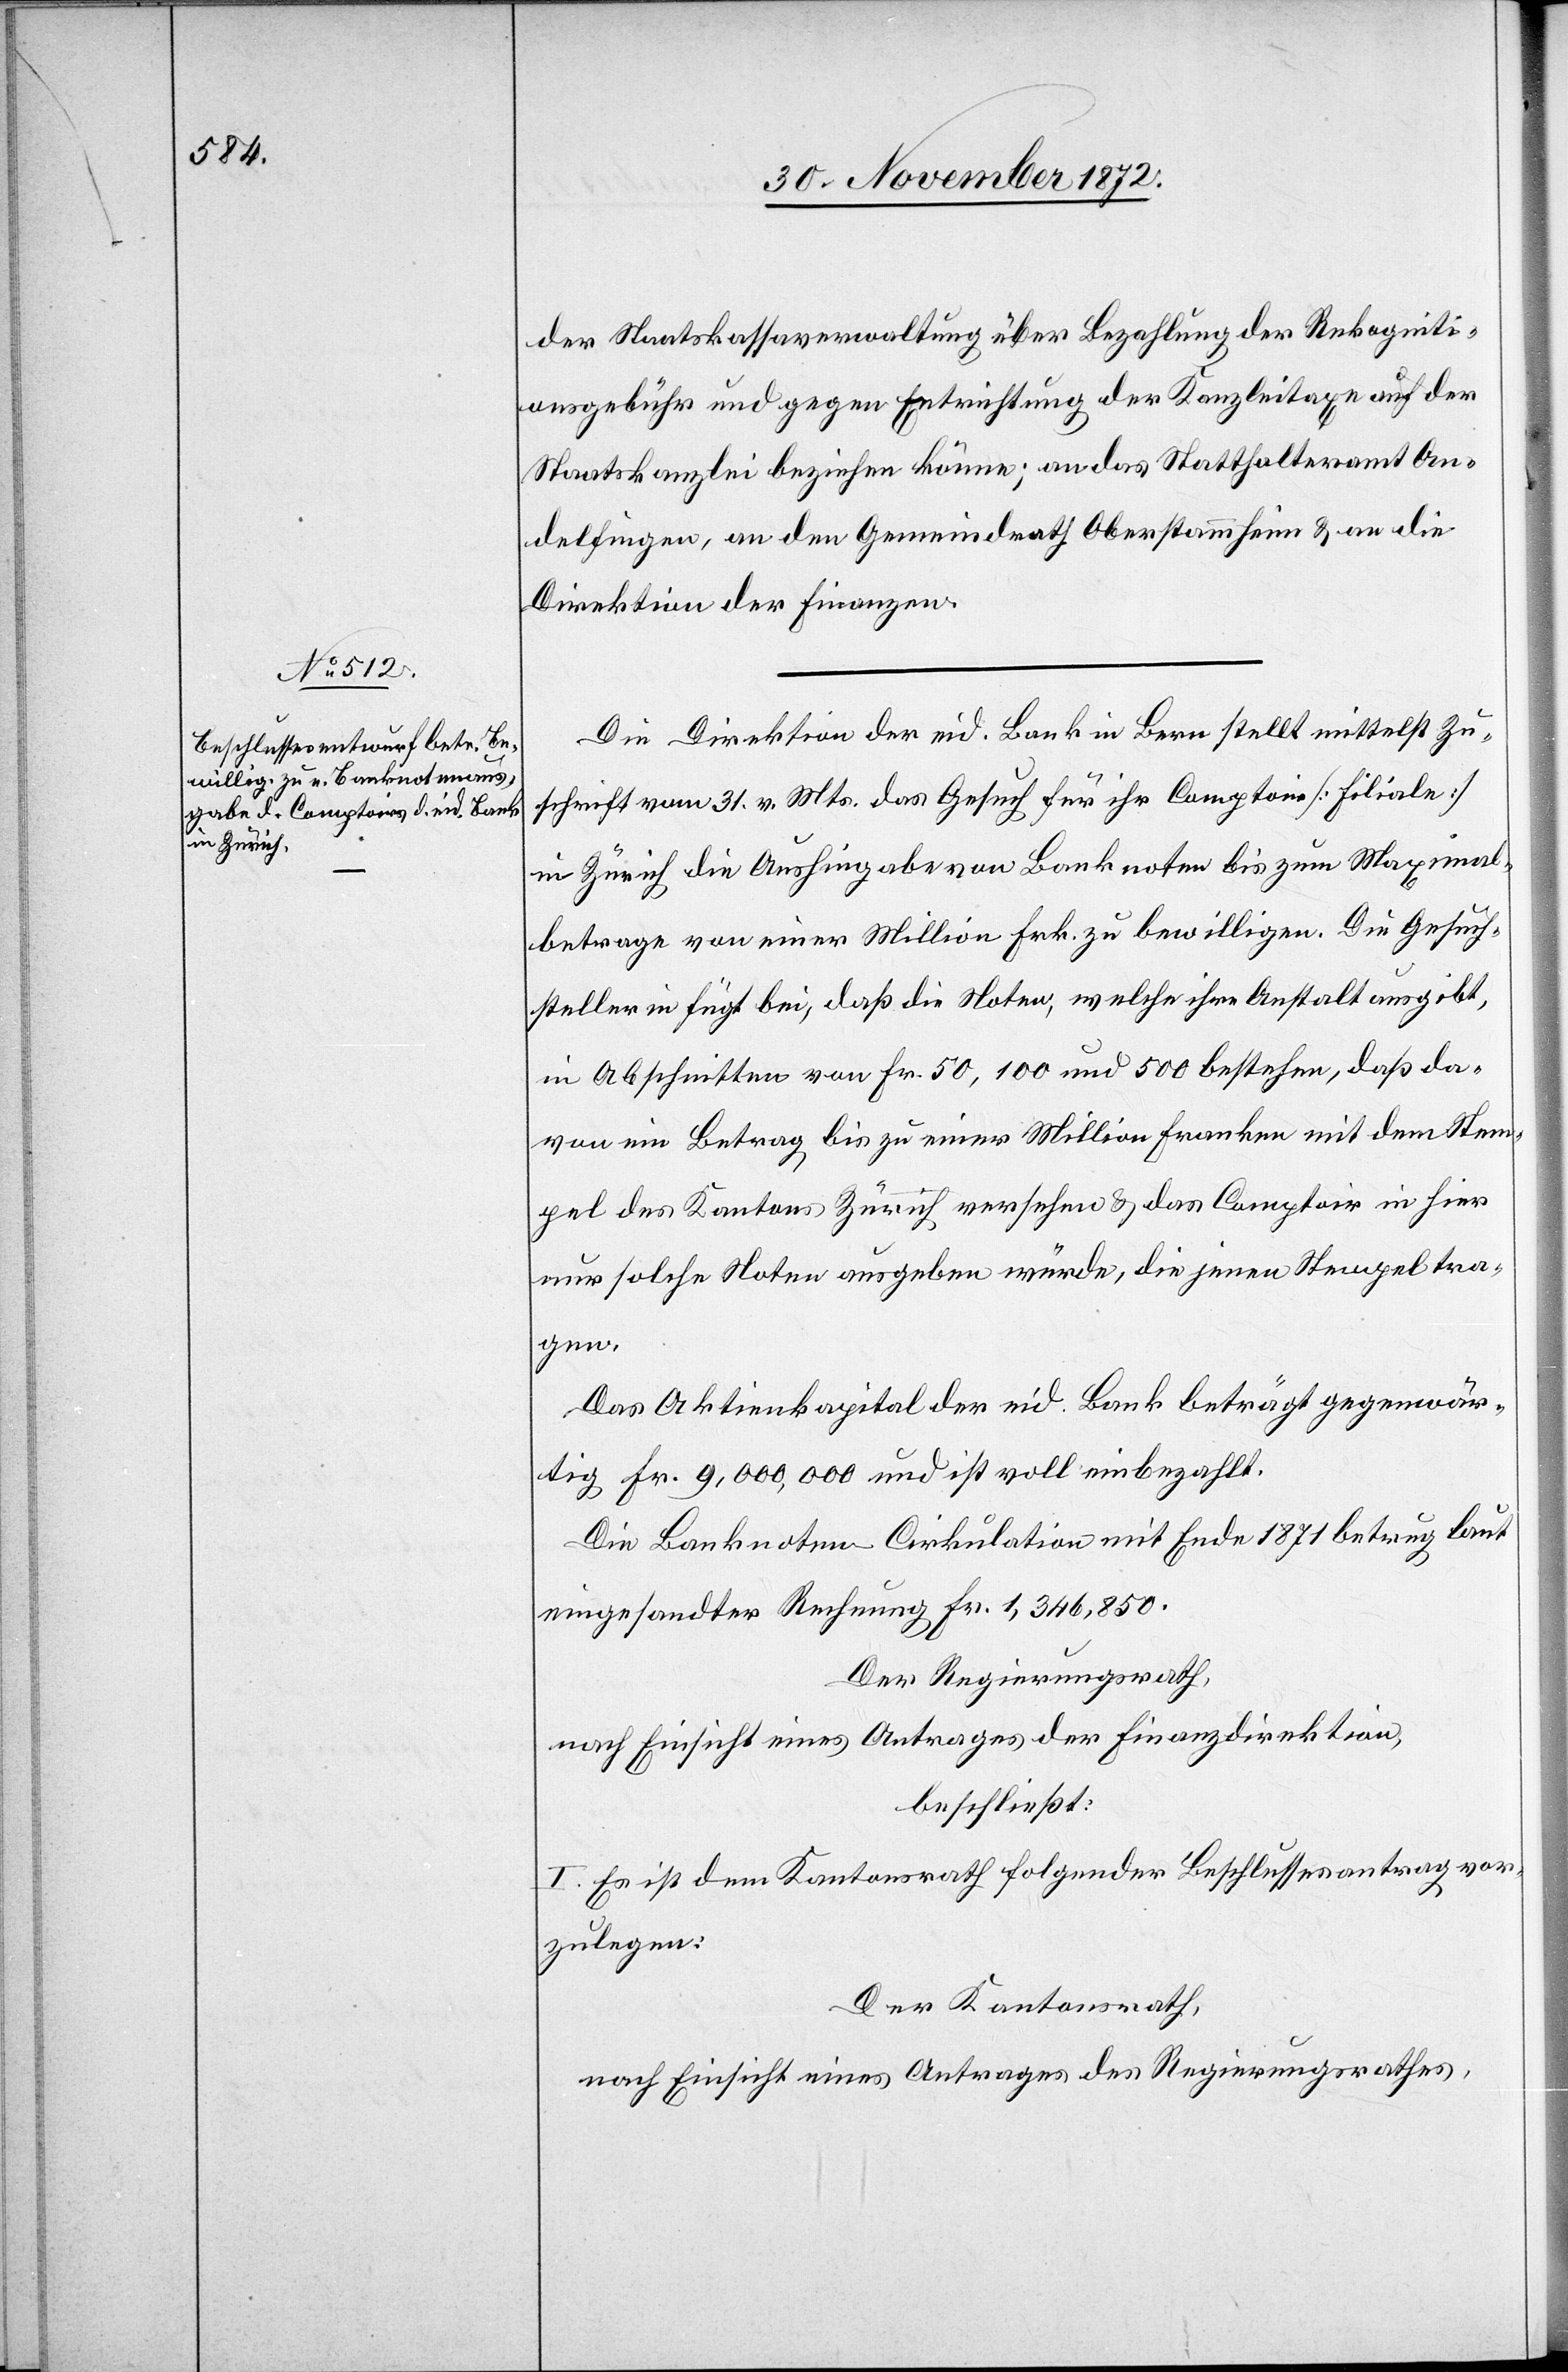
der Staatskassaverwaltung über Bezahlung der Rekogniti¬
onsgebühr und gegen Entrichtung der Kanzleitaxe auf der
Staatskanzlei beziehen könne; an das Statthalteramt An¬
delfingen, an den Gemeindrath Oberstammheim u. an die
Direktion der Finanzen.
Die Direktion der eid. Bank in Bern stellt mittelst Zu¬
schrift vom 31. v. Mts. das Gesuch für ihr Comptoir [Filiale]
in Zürich die Aushingabe von Banknoten bis zum Maximal¬
betrage von einer Million Frk. zu bewilligen. Die Gesuch¬
stellerin fügt bei, daß die Noten, welche ihre Anstalt ausgibt,
in Abschnitten von Fr. 50, 100 und 500 bestehen, daß da¬
von ein Betrag bis zu einer Million Franken mit dem Stem¬
pel des Kantons Zürich versehen u. das Comptoir in hier
nur solche Noten ausgeben würde, die jenen Stempel tra¬
gen.
Das Aktienkapital der eid. Bank beträgt gegenwär¬
tig Fr. 9,000,000 und ist voll einbezahlt.
Die Banknoten Cirkulation mit Ende 1871 betrug laut
eingesandter Rechnung Fr. 1,346,850.
Der Regierungsrath,
nach Einsicht eines Antrages der Finanzdirektion,
beschließt:
I. Es ist dem Kantonsrath folgender Beschlussesantrag vor¬
zulegen:
Der Kantonsrath,
nach Einsicht eines Antrages des Regierungsrathes,